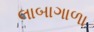
લાબાગાળા